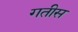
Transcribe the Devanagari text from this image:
गतीस